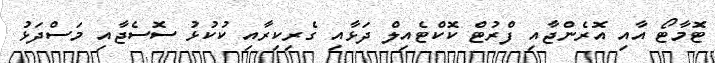
ޓޮމާޓޯ އާއި އޮރެންޖާއި ފްރުޓް ކޮކްޓެއިލް ދަޅާއި ގެރިކިރާއި ކުކުޅު ސޮސެޖާއި މަސްދަޅު